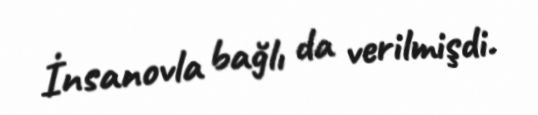
İnsanovla bağlı da verilmişdi.